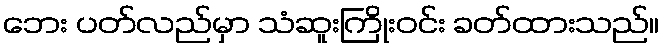
ဘေး ပတ်လည်မှာ သံဆူးကြိုးဝင်း ခတ်ထားသည်။